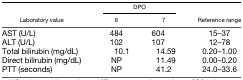
<table><thead><tr><td></td><td colspan="2"><b>DPO</b></td><td></td></tr><tr><td><b>Laboratory value</b></td><td><b>6</b></td><td><b>7</b></td><td><b>Reference range</b></td></tr></thead><tbody><tr><td>AST (U/L)</td><td>484</td><td>604</td><td>15–37</td></tr><tr><td>ALT (U/L)</td><td>102</td><td>107</td><td>12–78</td></tr><tr><td>Total bilirubin (mg/dL)</td><td>10.1</td><td>14.59</td><td>0.20–1.00</td></tr><tr><td>Direct bilirubin (mg/dL)</td><td>NP</td><td>11.49</td><td>0.00–0.20</td></tr><tr><td>PTT (seconds)</td><td>NP</td><td>41.2</td><td>24.0–33.6</td></tr></tbody></table>